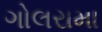
ગોલરામા